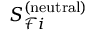
S _ { \mathcal { F } i } ^ { ( \mathrm { n e u t r a l } ) }